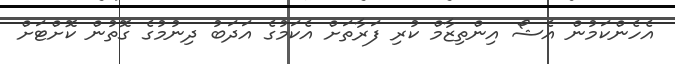
އެހެންކަމުން އެޝޯ އިންތިޒާމް ކުރި ފަރާތަށް އެކަމުގެ އަދަބު ދިނުމުގެ ގޮތުން ކޮށްޓަށް